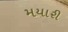
મયારી